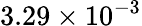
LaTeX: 3.29\times 10^{-3}